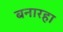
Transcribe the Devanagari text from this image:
बनारहा